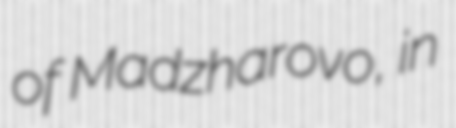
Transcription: of Madzharovo, in